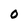
Character: 0